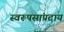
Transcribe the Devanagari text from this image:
स्वरूपसांप्रदाय